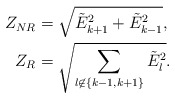
\begin{align*} Z_{NR}&= \sqrt{\tilde{E}_{k+1}^2 + \tilde{E}_{k-1}^2}, \\ Z_R&= \sqrt{\sum_{l\not \in \{k-1, k+1\}} \tilde{E}_{l}^2 }. \end{align*}